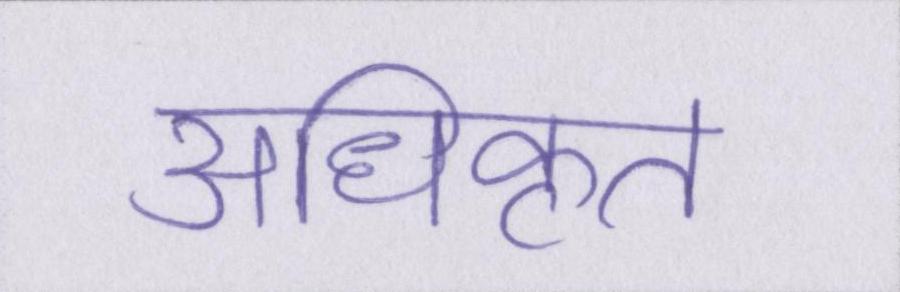
अधिकृत